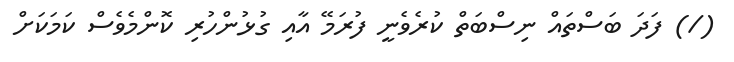
(/) ފަދަ ބަސްތައް ނިސްބަތް ކުރެވެނީ ފުރަމޭ އާއި ގުޅުންހުރި ކޮންމެވެސް ކަމަކަށް